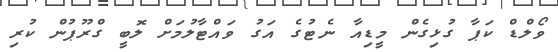
ވޯލްޑް ކަޕާ ގުޅިގެން މީޑިއާ ނެޓުގެ އަގު ވައްޓާލުމަށް ލޮބީ ގްރޫޕުން ކުރި